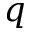
q